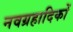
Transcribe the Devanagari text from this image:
नवग्रहादिकों